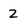
Character: 2